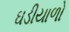
ઘડીયાળો